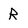
Character: R